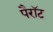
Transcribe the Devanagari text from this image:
पैरॉट